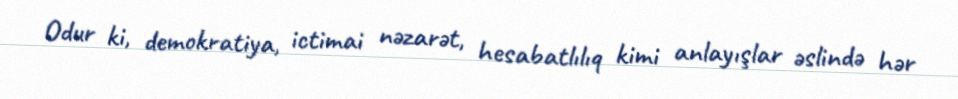
Odur ki, demokratiya, ictimai nəzarət, hesabatlılıq kimi anlayışlar əslində hər